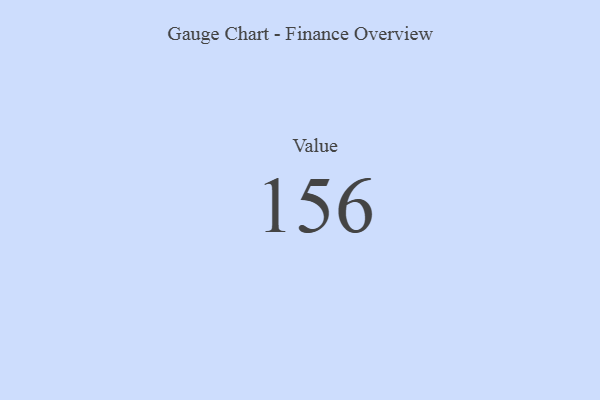
{"axis": {"x": "Metric", "y": "Value"}, "legend": [""], "data": [{"x": "Value", "y": 156, "type": ""}]}